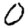
Digit: 0